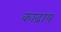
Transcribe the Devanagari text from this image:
काढाय